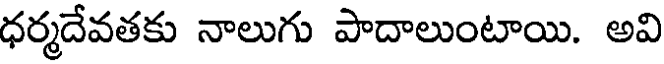
ధర్మదేవతకు నాలుగు పాదాలుంటాయి. అవి